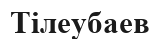
Тілеубаев